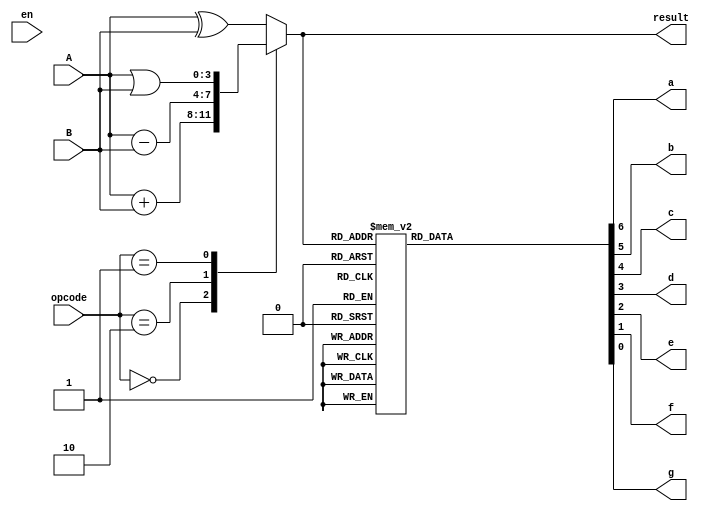
module alu4bit_7segment_gold (
    input [3:0] A, B,
    input en,
    input [1:0] opcode,
    output reg [3:0] result,
    output reg a, b, c, d, e, f, g
);

always @(*) begin
    case (opcode)
        2'b00: result = A + B;
        2'b10: result = A - B;
        2'b01: result = A | B;
        default: result = A ^ B;
    endcase
end

always @(*) begin
    case (result)
        4'b0000: {a, b, c, d, e, f, g} = 7'b100_0000;
        4'b0001: {a, b, c, d, e, f, g} = 7'b111_1001;
        4'b0010: {a, b, c, d, e, f, g} = 7'b010_0100;
        4'b0011: {a, b, c, d, e, f, g} = 7'b011_0000;
        4'b0100: {a, b, c, d, e, f, g} = 7'b001_1001;
        4'b0101: {a, b, c, d, e, f, g} = 7'b001_0010;
        4'b0110: {a, b, c, d, e, f, g} = 7'b000_0010;
        4'b0111: {a, b, c, d, e, f, g} = 7'b111_1000;
        4'b1000: {a, b, c, d, e, f, g} = 7'b000_0000;
        4'b1001: {a, b, c, d, e, f, g} = 7'b001_0000;
        4'b1010: {a, b, c, d, e, f, g} = 7'b000_1000;
        4'b1011: {a, b, c, d, e, f, g} = 7'b000_0111;
        4'b1100: {a, b, c, d, e, f, g} = 7'b100_0010;
        4'b1101: {a, b, c, d, e, f, g} = 7'b010_0001;
        4'b1110: {a, b, c, d, e, f, g} = 7'b100_0010;
        4'b1111: {a, b, c, d, e, f, g} = 7'b100_0110;
        default: {a, b, c, d, e, f, g} = 7'b000_0000;
    endcase
end

endmodule